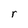
Character: r